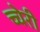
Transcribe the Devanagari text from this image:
च्चेरी